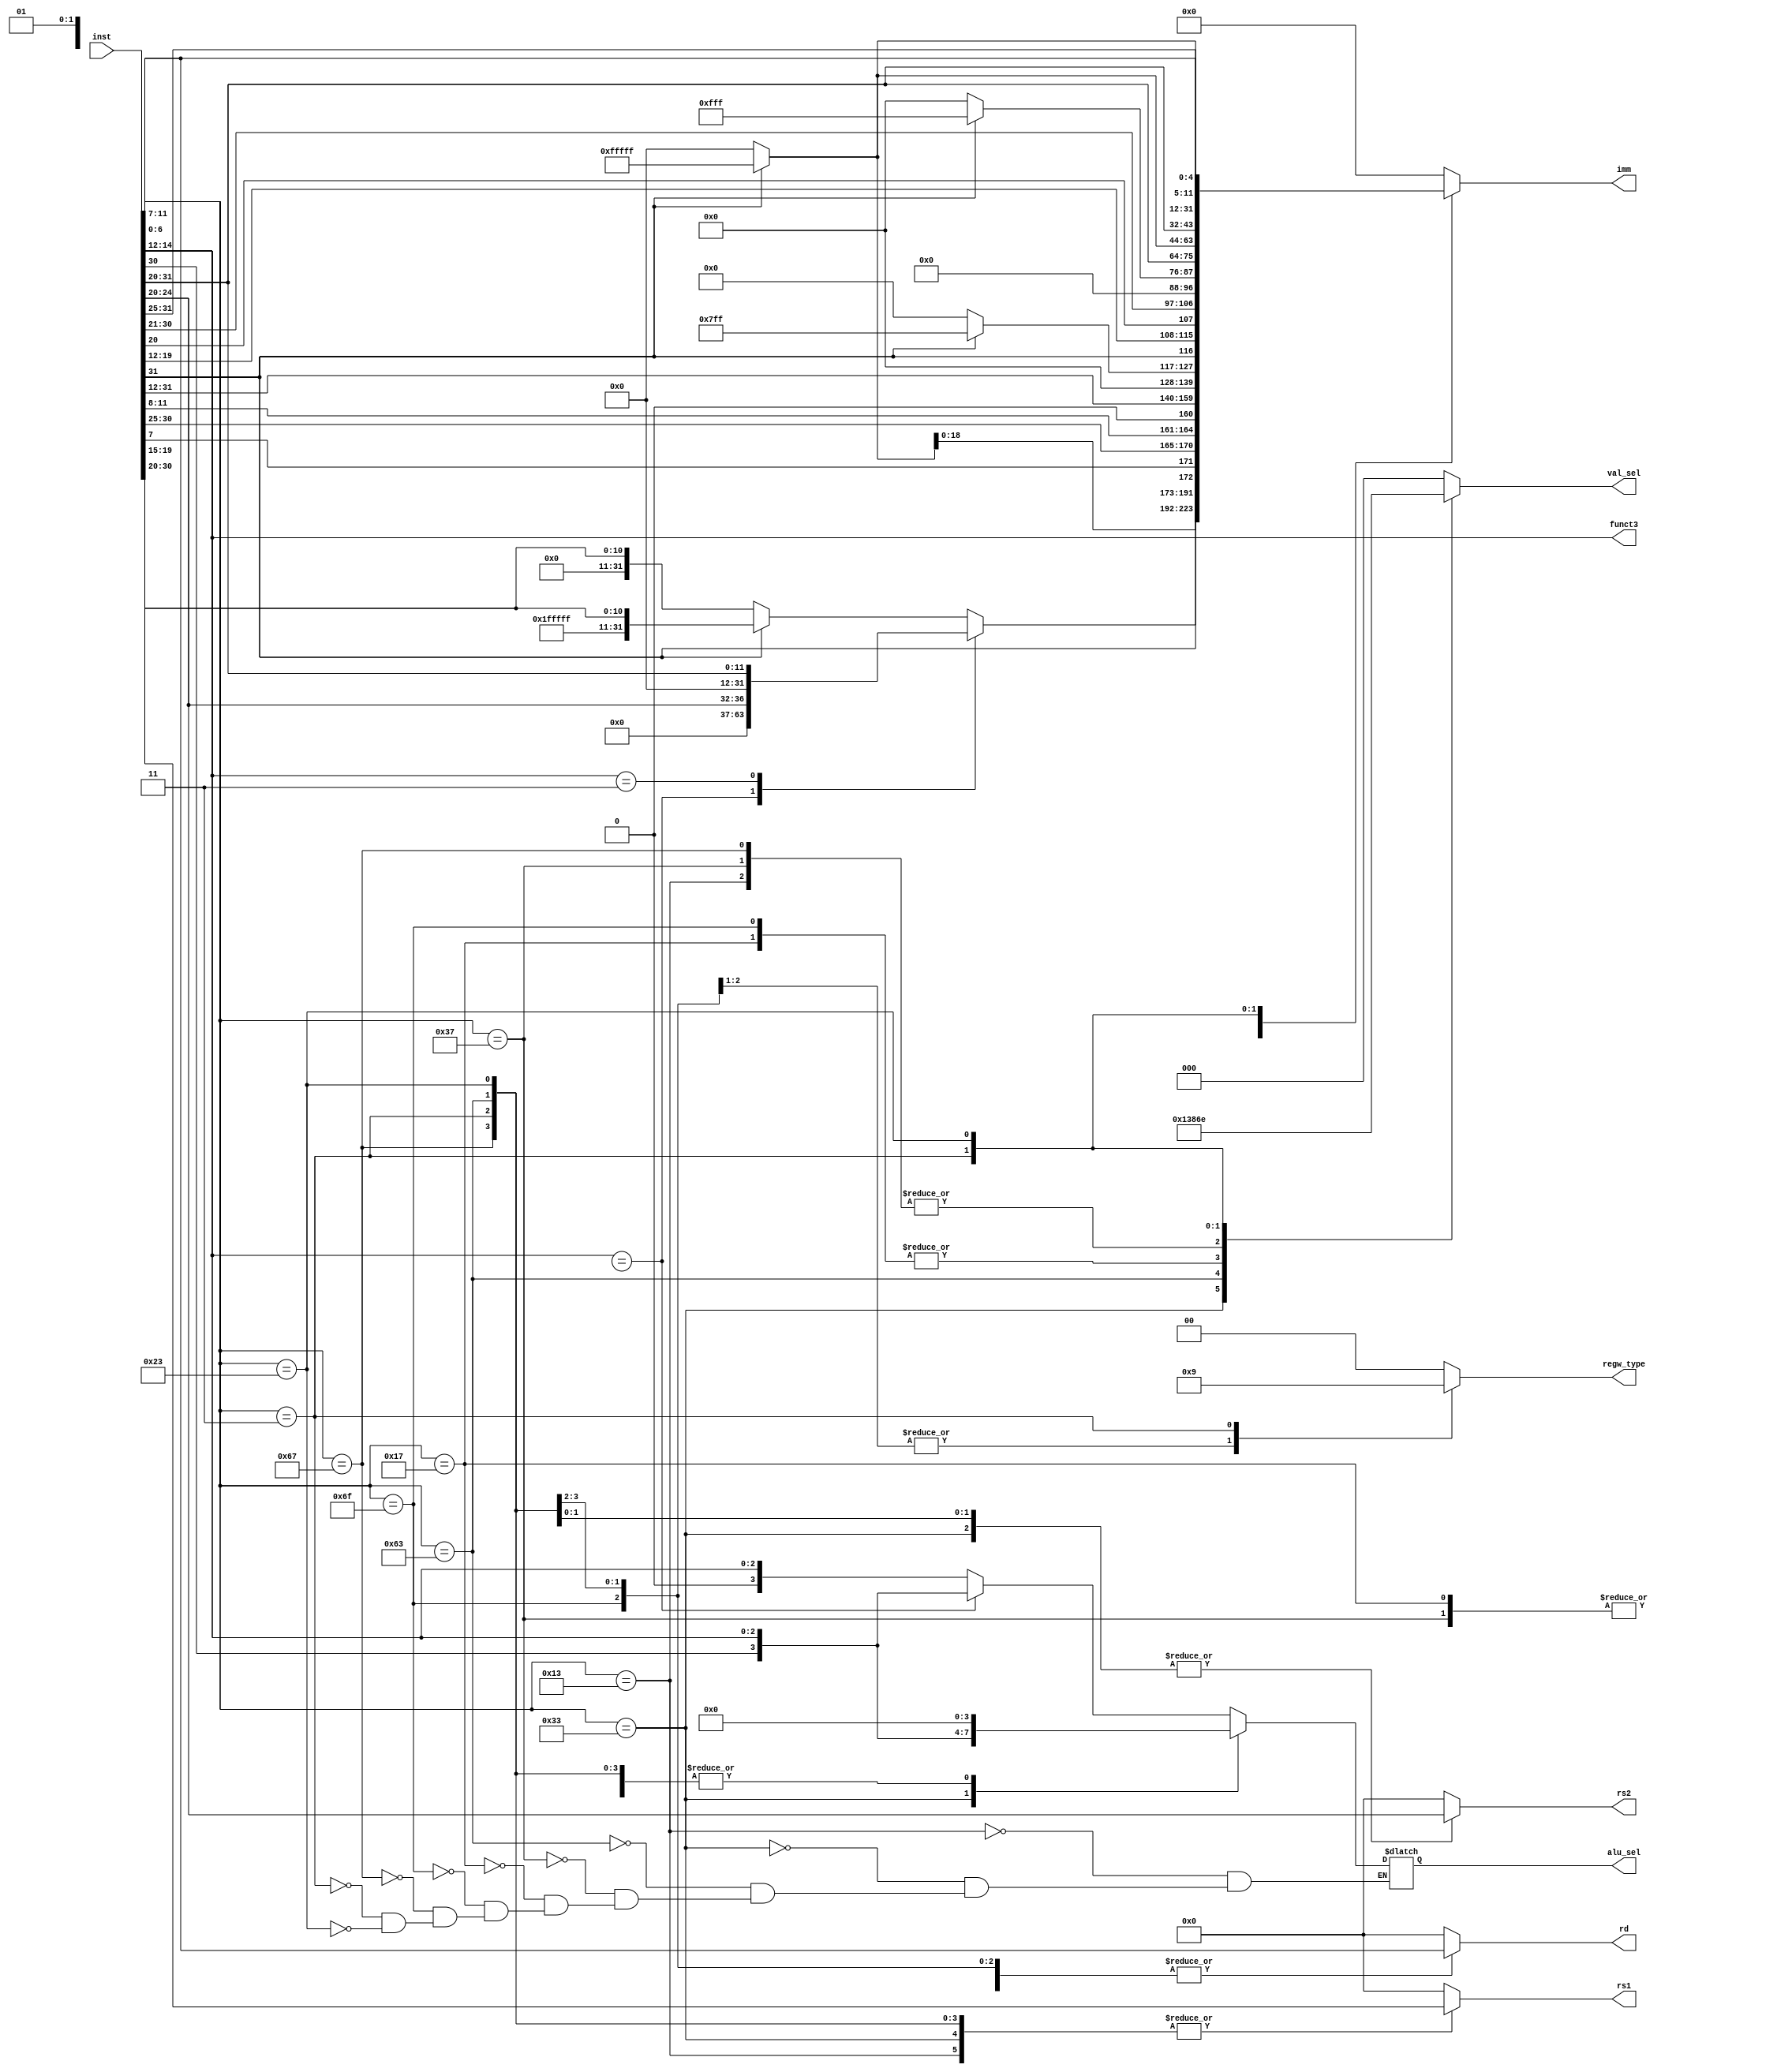
//! @file  rv32i_decoder.v
//! @brief instructionopcodeimm

/// @brief instructionopcodeimm
module Decoder(
    input [31:0] inst,
    output reg [3:0] alu_sel,
    output reg [2:0] val_sel,
    output reg [1:0] regw_type,
    output [2:0]funct3,
    output reg [31:0] imm,
    output reg [4:0] rd,
    output reg [4:0] rs1,
    output reg [4:0] rs2
    );
    wire [6:0] opcode;
    wire [6:0] funct7;

    assign opcode = inst[6:0];
    assign funct3 = inst[14:12];
    assign funct7 = (opcode == 7'b1101100) ? inst[31:25] : 0;

    always @(*) begin
        case(opcode)
            // addi, slti, sltiu, xori, ori, andi, slli, srli, srai
            7'b0010011: begin
                rd = inst[11:7];
                rs1 = inst[19:15];
                val_sel = 3'b001;
                case(funct3)
                    3'bx01: begin
                        imm = {27'b0, inst[24:20]};
                        alu_sel = {inst[30], funct3};
                    end
                    3'b011: begin
                        imm = {20'b0, inst[31:20]};
                        alu_sel = {1'b0, funct3};
                    end
                    default: begin
                        imm = inst[31] == 0 ? {20'h00000, inst[31:20]} : {20'hFFFFF, inst[31:20]};
                        alu_sel = {1'b0, funct3};
                    end
                endcase
                regw_type = 2'b00; // rdalu_out
                rs2 = 0;  // 
            end
            // add, sub, sll, slt, sltu, xor, srl, sra, or, and
            7'b0110011: begin
                rd = inst[11:7];
                rs1 = inst[19:15];
                rs2 = inst[24:20];
                alu_sel = {inst[30], funct3};
                val_sel = 3'b010;
                regw_type = 2'b00; // rdalu_out
                imm = 0;  // 
            end
            // beq, bne, blt, bltu, bge, bgeu
            7'b1100011: begin
                rs1 = inst[19:15];
                rs2 = inst[24:20];
                imm = {inst[31] == 0 ? 20'h00000 : 20'hFFFFF, inst[31], inst[7], inst[30:25], inst[11:8], 1'b0};
                alu_sel = 4'b0000; // pcimmalu_sel
                val_sel = 3'b011;
                regw_type = 2'b00; // rdalu_out
                rd = 0;  // 
            end
            // lui
            7'b0110111: begin
                rd = inst[11:7];
                imm = inst[31:12] << 12;
                rs1 = 0;  // imm + x[0]
                alu_sel = 4'b0000; // rs1(x[0]immalu_sel
                val_sel = 3'b001; // rs1(x[0]immval_sel
                regw_type = 2'b00; // rdalu_out
                rs2 = 0;  // 
            end
            // auipc
            7'b0010111: begin
                rd = inst[11:7];
                imm = inst[31:12] << 12;
                alu_sel = 4'b0000;  // pcimmalu_sel
                val_sel = 3'b100; // pcimmval_sel
                regw_type = 2'b00; // rdalu_out
                rs1 = 0;  // 
                rs2 = 0;  // 
            end
            // jal
            7'b1101111: begin
                rd = inst[11:7];
                imm = {inst[31] == 0 ? 12'h000 : 12'hFFF, inst[31], inst[19:12], inst[20], inst[30:21], 1'b0};
                alu_sel = 4'b0000; // pcimmalu_sel
                val_sel = 3'b100; // pcimmval_sel
                regw_type = 2'b10; // rdpc+4
                rs1 = 0;  // 
                rs2 = 0;  // 
            end
            
            // jalr
            7'b1100111: begin
                rd = inst[11:7];
                rs1 = inst[19:15];
                imm = {inst[31] == 0 ? 20'h000 : 20'hFFF, inst[31:20]};
                alu_sel = 4'b0000; // pcimmalu_sel
                val_sel = 3'b001; // rs1immval_sel
                regw_type = 2'b10; // rdpc+4
                rs2 = 0;  // 
            end
            
            // lb, lh, lw, lbu, lhu
            7'b0000011: begin
                rd = inst[11:7];
                rs1 = inst[19:15];
                imm = {inst[31] == 0 ? 20'h000 : 20'hFFFFF, inst[31:20]};
                alu_sel = 4'b0000; // rs1immalu_sel
                val_sel = 3'b101;
                regw_type = 2'b01; // rd dmemload
                rs2 = 0;  // 
            end
            // sb, sh, sw
            7'b0100011: begin
                rs1 = inst[19:15];
                rs2 = inst[24:20];
                imm = {inst[31] == 0 ? 20'h000 : 20'hFFFFF, inst[31:25], inst[11:7]};
                alu_sel = 4'b0000; // rs1immalu_sel
                val_sel = 3'b110;
                regw_type = 0;  // 
                rd = 0;  // 
            end
            default: begin
                rd = 0;  // 
                rs1 = 0;  // 
                rs2 = 0;  // 
                val_sel = 0;  // 
                regw_type = 2'b00;  // 
                imm = 0;  // 
            end
        endcase
    end
endmodule